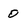
Character: 0